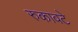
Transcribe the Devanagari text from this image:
रुकावटे